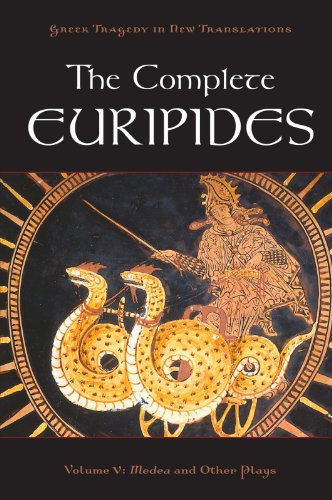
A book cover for The Complete Euripides: Volume V: Medea and Other Plays (Greek Tragedy in New Translations); Euripides; Literature & Fiction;